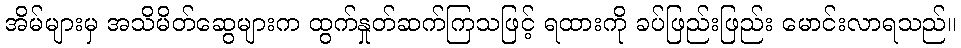
အိမ်များမှ အသိမိတ်ဆွေများက ထွက်နှုတ်ဆက်ကြသဖြင့် ရထားကို ခပ်ဖြည်းဖြည်း မောင်းလာရသည်။